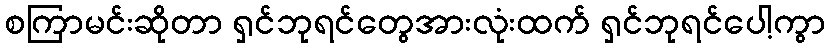
စကြာမင်းဆိုတာ ရှင်ဘုရင်တွေအားလုံးထက် ရှင်ဘုရင်ပေါ့ကွာ